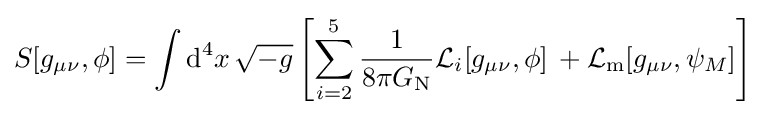
S[g_{\mu \nu },\phi ]=\int \mathrm {d} ^{4}x\,{\sqrt {-g}}\left[\sum _{i=2}^{5}{\frac {1}{8\pi G_{\text{N}}}}{\mathcal {L}}_{i}[g_{\mu \nu },\phi ]\,+{\mathcal {L}}_{\text{m}}[g_{\mu \nu },\psi _{M}]\right]